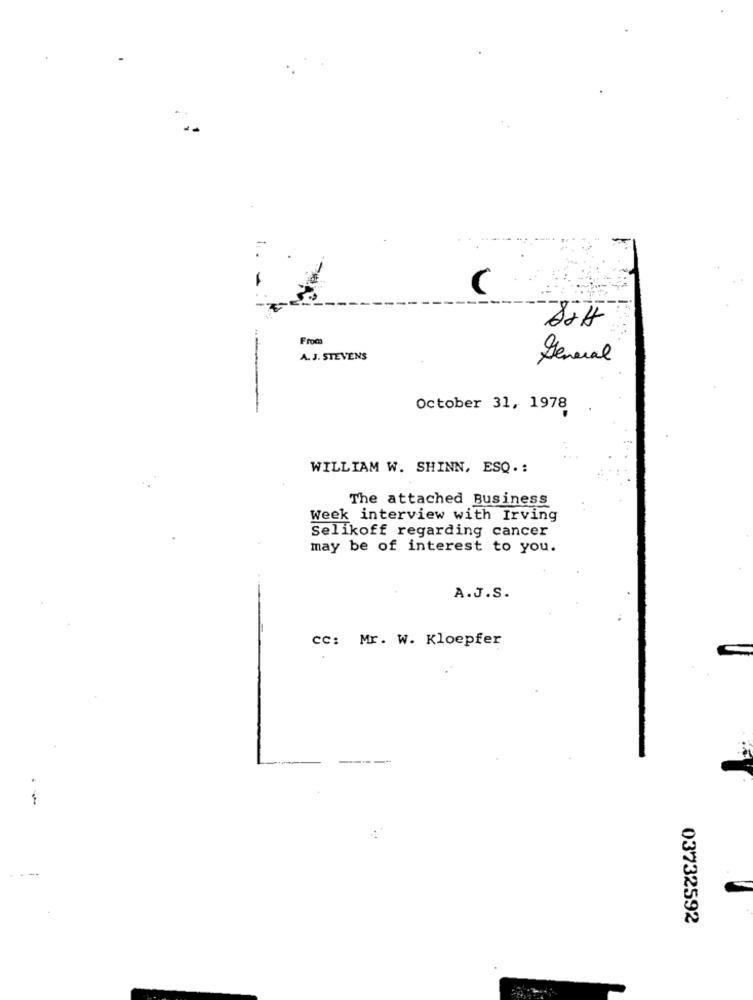
(
From
A. J. STEVENS
General
October 31, 1978
WILLIAM W. SHINN, ESQ .:
The attached Business
Week interview with Irving
Selikoff regarding cancer
may be of interest to you.
A.J.S.
CC: Mr. W. Kloepfer
03732592